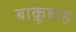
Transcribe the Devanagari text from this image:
बाक़ूबाह